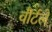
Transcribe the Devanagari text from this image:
वौर्टले